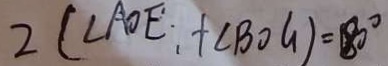
2 ( \angle A O E , + \angle B O G ) = 1 8 0 ^ { \circ }